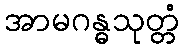
အာမဂန္ဓသုတ္တံ